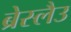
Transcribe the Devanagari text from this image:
ब्रेस्लैउ